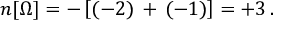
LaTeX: n [ \Omega ] = - \left[ ( - 2 ) \, + \, ( - 1 ) \right] = + 3 \, .